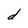
Character: d